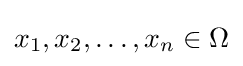
x_{1},x_{2},\dots ,x_{n}\in \Omega